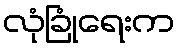
လုံခြုံရေးက